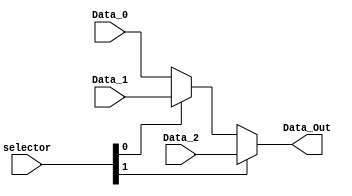
module MUX_10(
	input wire [1:0] selector,
	input wire [4:0] Data_0, //registrador B 0
	input wire [4:0] Data_1, //registrador rd 1
	input wire [4:0] Data_2, //memoria
	output wire [4:0] Data_Out
);
	
	wire [4:0] A1;
	
	assign A1 = (selector[0]) ? Data_1 : Data_0;
	assign Data_Out = (selector[1]) ? Data_2 : A1;


endmodule